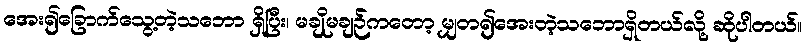
အေး၍ခြောက်သွေ့တဲ့သဘော ရှိပြီး၊ မချိုမချဉ်ကတော့ မျှတ၍အေးတဲ့သဘောရှိတယ်လို့ ဆိုပါတယ်။